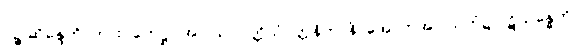
ပဉ္စ ဆိန္ဒေတိ၊ ကား။ ဟေဋ္ဌာ အပါယုပပတ္တိသံဝတ္တနိကာနိ၊ အောက်အပါယ်ဘုံ၌ ပဋိသန္ဓေကို